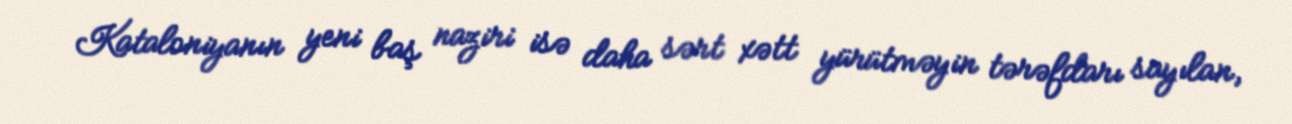
Kataloniyanın yeni baş naziri isə daha sərt xətt yürütməyin tərəfdarı sayılan,